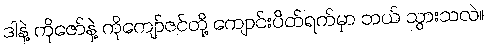
ဒါနဲ့ ကိုဇော်နဲ့ ကိုကျော်ဇင်တို့ ကျောင်းပိတ်ရက်မှာ ဘယ် သွားသလဲ။